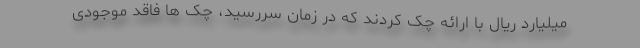
میلیارد ریال با ارائه چک کردند که در زمان سررسید، چک ها فاقد موجودی